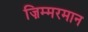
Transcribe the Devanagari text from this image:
ज़िम्मरमान